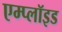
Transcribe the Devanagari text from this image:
एम्प्लॉइड